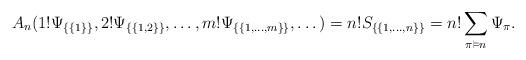
LaTeX: \begin{align*}A_n(1!\Psi_{\{\{1\}\}}, 2!\Psi_{\{\{1,2\}\}},\dots,m!\Psi_{\{\{1,\dots,m\}\}},\dots)=n!S_{\{\{1,\dots,n\}\}}=n!\sum_{\pi\vDash n}\Psi_\pi.\end{align*}